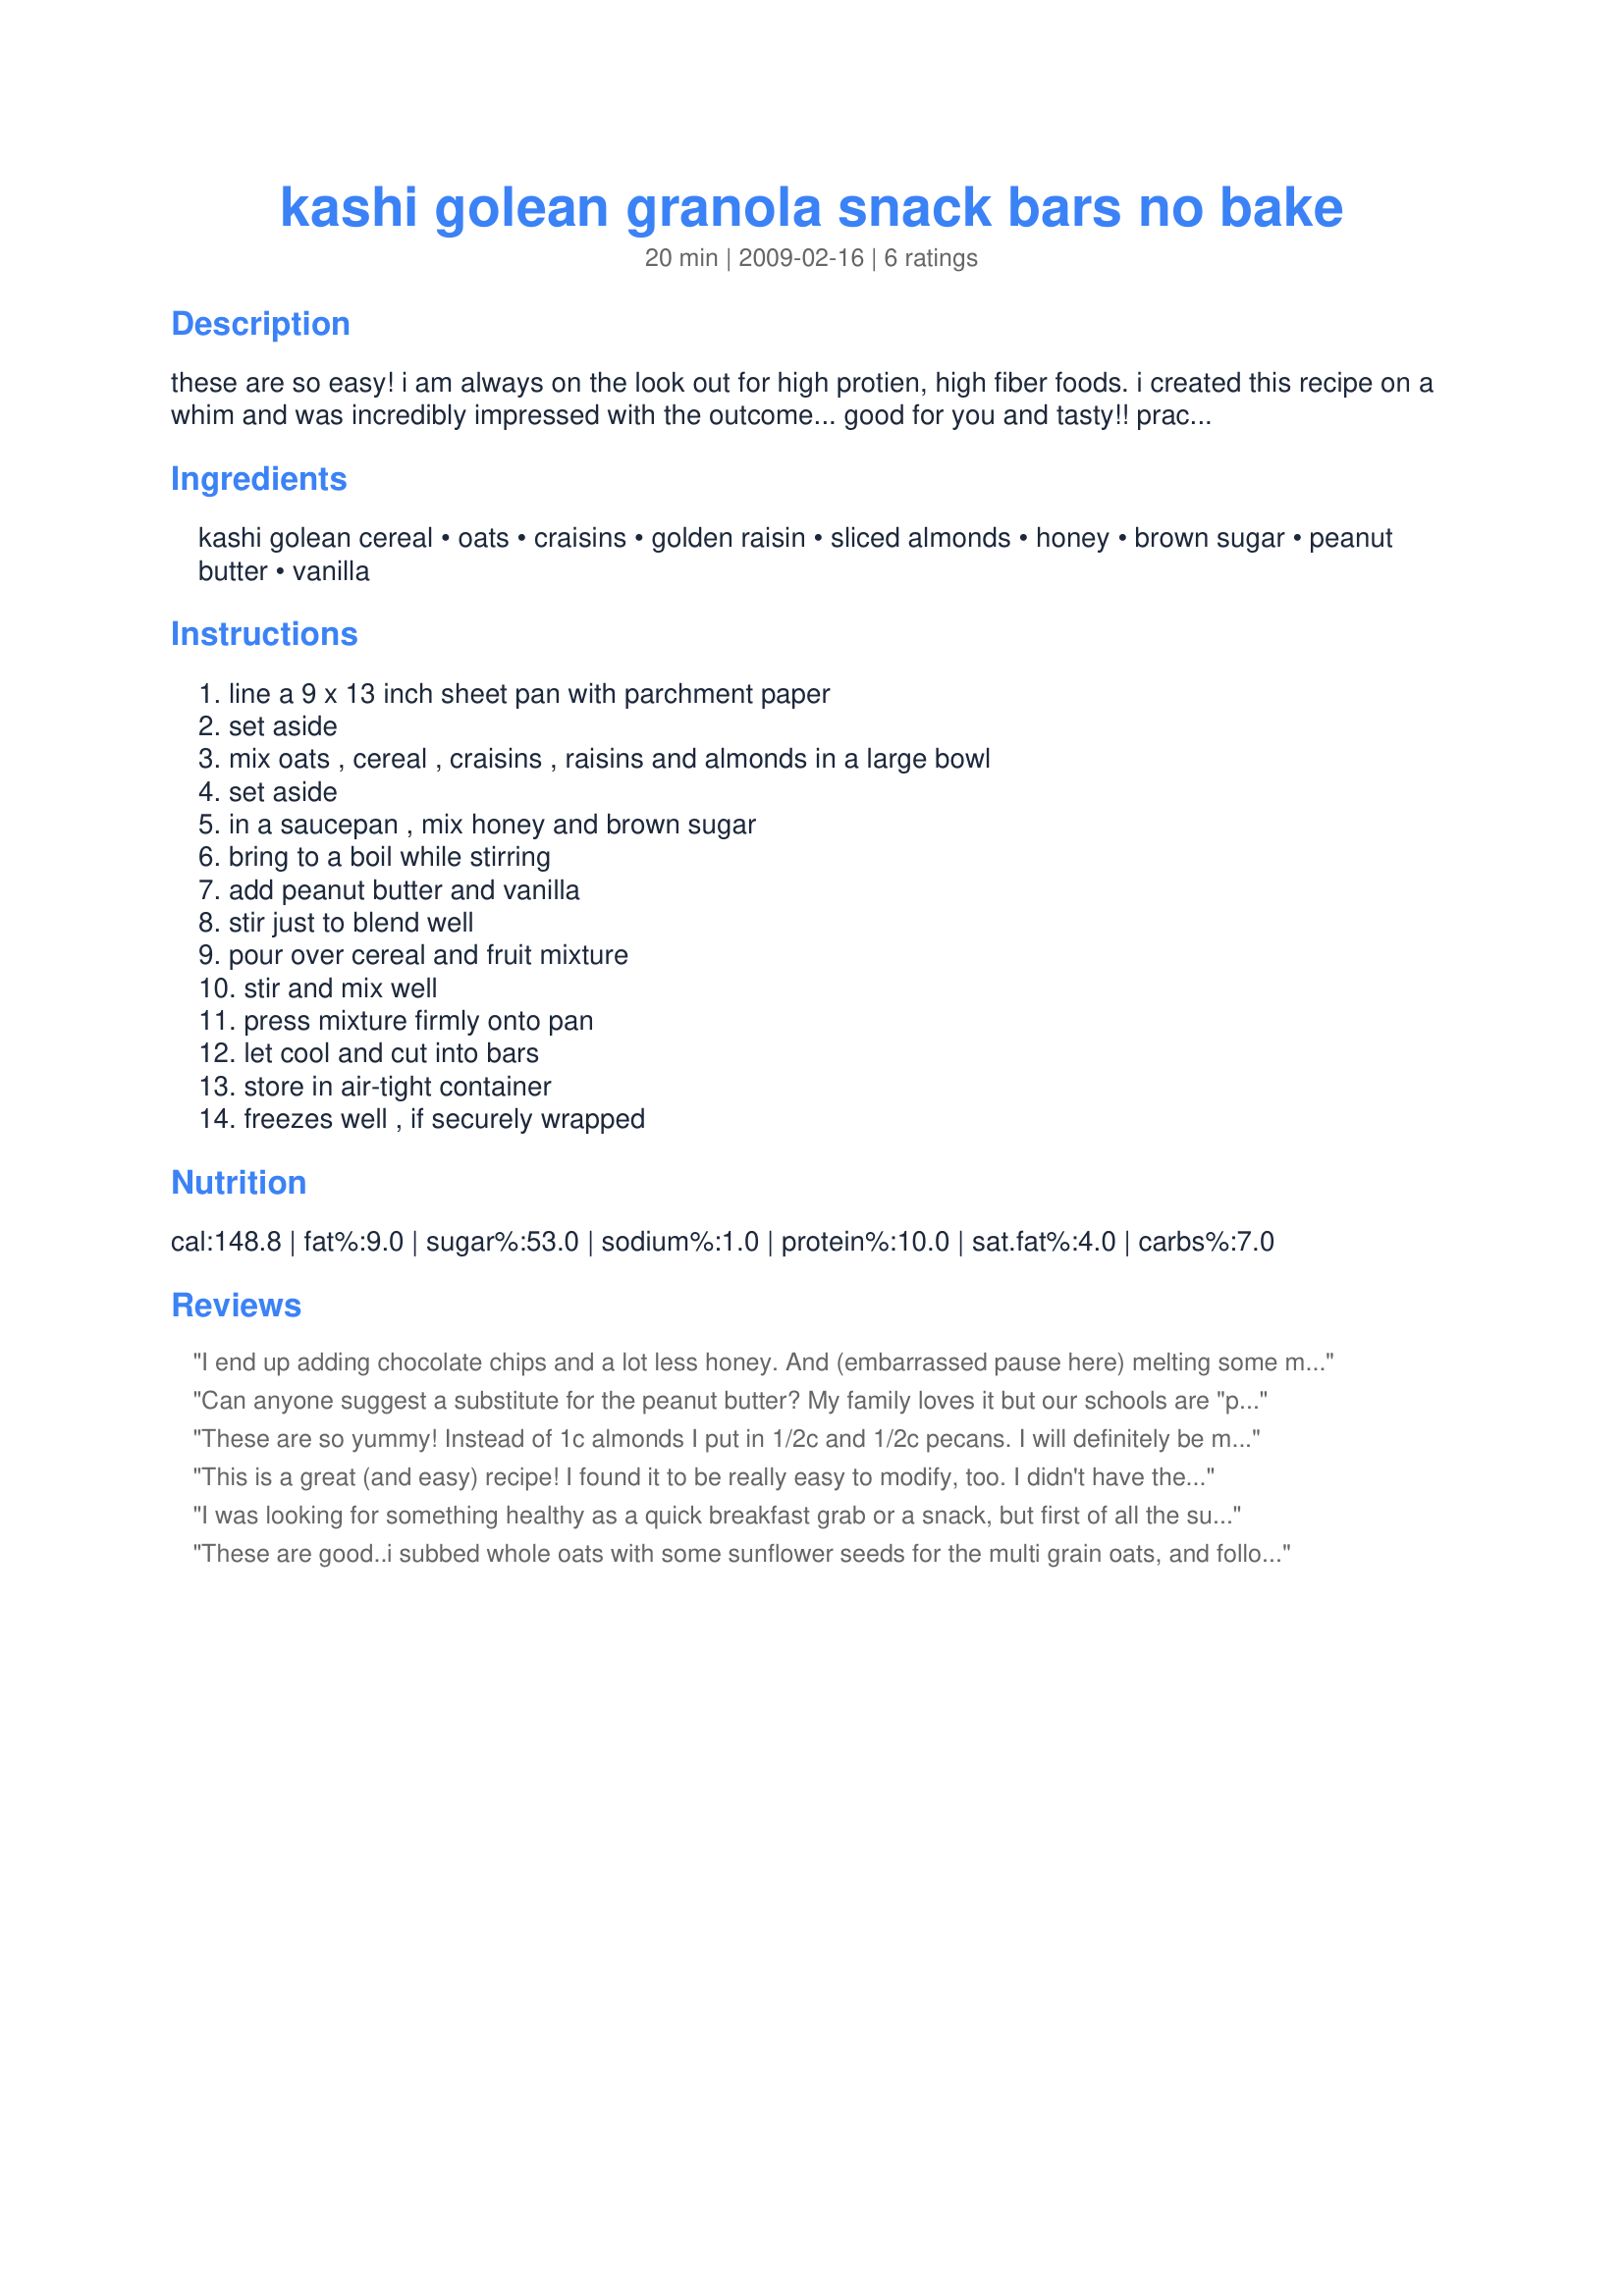
kashi golean granola snack bars no bake
Preparation time: 20 minutes

these are so easy! i am always on the look out for high protien, high fiber foods. i created this recipe on a whim and was incredibly impressed with the outcome... good for you and tasty!! practically perfection in my book! it's made from kashi go lean cereal which has 10g of fiber, 13g of protien and only 1g of fat per serving. there is lots of room for variation so have fun adding your own favorite fillers.

Ingredients:
kashi golean cereal, oats, craisins, golden raisin, sliced almonds, honey, brown sugar, peanut butter, vanilla

Steps:
line a 9 x 13 inch sheet pan with parchment paper, set aside, mix oats , cereal , craisins , raisins and almonds in a large bowl, set aside, in a saucepan , mix honey and brown sugar, bring to a boil while stirring, add peanut butter and vanilla, stir just to blend well, pour over cereal and fruit mixture, stir and mix well, press mixture firmly onto pan, let cool and cut into bars, store in air-tight container, freezes well , if securely wrapped

Reviews:
I end up adding chocolate chips and a lot less honey. And (embarrassed pause here) melting some marshmallows to make it stick together better.

It's the best, easiest cereal bar I've found. My kids LOVE it. Thank you.
Can anyone suggest a substitute for the peanut butter? My family loves it but our schools are "peanut free"!
These are so yummy! Instead of 1c almonds I put in 1/2c and 1/2c pecans. I will definitely be making these again.
This is a great (and easy) recipe! I found it to be really easy to modify, too. I didn't have the variety of dried fruits listed, so improvised with what I found in my pantry. I don't think you could wrong with this recipe. Just keep the same measurments, but use any type of dried fruit you like! I used less than 1/4 of a cup brown sugar (to cut the sugar down even more), and I don't think you can tell. This is a recipe the whole family is enjoying! Thanks so much for posting! Love it!!
I was looking for something healthy as a quick breakfast grab or a snack, but first of all the sugar content is WAY too high. And even if you substitute something for the honey and brown sugar, these things are so gooey and tacky that you can't just grab an go, you're gonna need a sink and soap and water near! I made them without the brown sugar, blue agave in place of honey, and almond butter in place of peanut butter, had one corner and threw the rest out. Way too sweet, way to gooey for a breakfast grab, snack, or anything as far as I'm concerned.
These are good..i subbed whole oats with some sunflower seeds for the multi grain oats, and followed the recipe but it was a bit sweet would make sure and cut back on the honey and brown sugar, i put them in the fridge to cool as they were still a bit chewy and cut them before i did put them in the fridge..i also just used 3/4 cup dried cranberries and chopped up whole almonds in the grinder and left some whole...will make again..healthy snack for the grands i am thinking...
